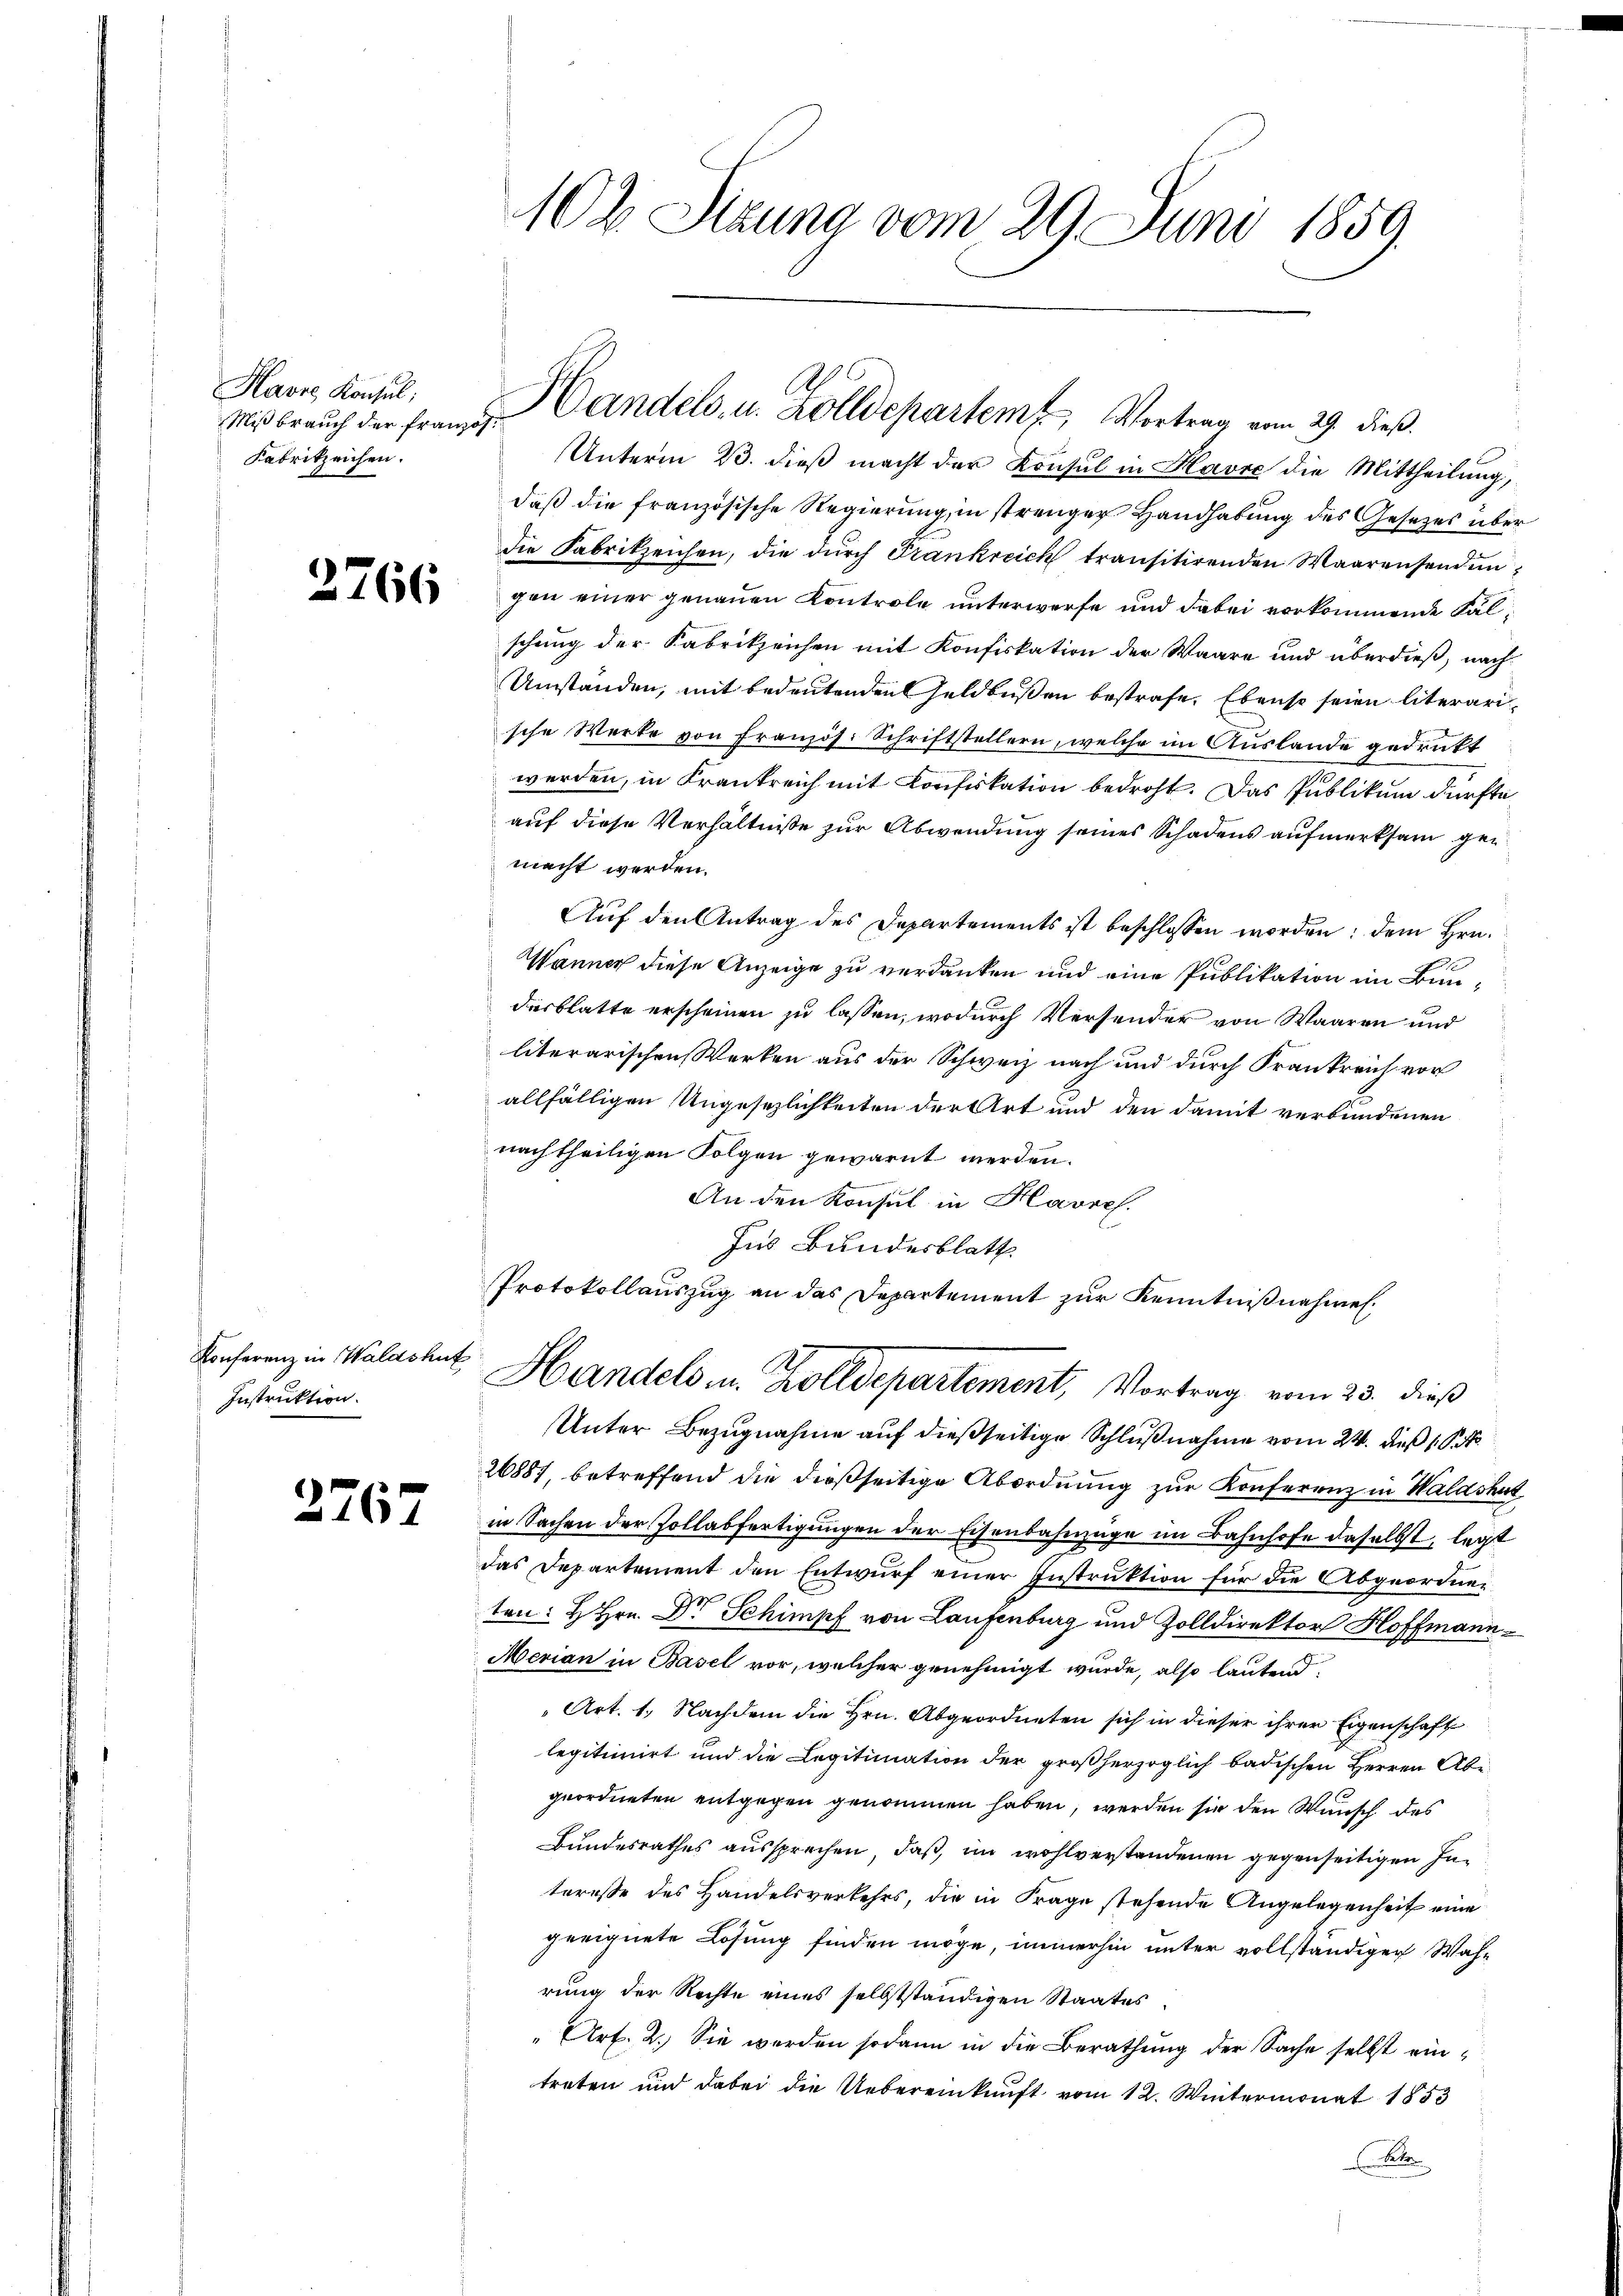
Havre Konsul,
Mißbrauch der Französ.
Fabrikzeichen.

2766

Konferenz in Waldshut
Instruktion.

2767

102 Sizung vom 29. Juni 1859

Handels- u. Zolldepartem Vortrag vom 29. dieß.

Unterm 23. dieß macht der Konsul in Havre die Mittheilung,
daß die französische Regierung, in strenger Handhabung des Gesetzes über
die Fabrikzeichen, die durch Frankreich transitirenden Waarensendungen einer genauen Kontrole unterwerfe und dabei vorkommende Fälschung der Fabrikzeichen mit Konfiskation der Waare und überdieß, nach
Umstanden, mit bedeutenden Geldbußen bestrafe. Ebenso seien literarische Werke von Französ. Schriftstellern, welche im Auslande gedrukt
werden, in Frankreich mit Confiskation bedroht. Das Publikum dürfte
auf diese Verhältniße zur Abwendung seines Schadens aufmerksam gen
macht werden.
Auf den Antrag des Departements ist beschlossen worden; dem Hrn.
Wanner diese Anzeige zu verdanken und eine Publikation im Bundesblatte erscheinen zu lassen, wodurch Versender von Waaren und
literarischen Werken aus der Schweiz nach und durch Frankreich vor
allfälligen Ungesezlichkeiten der Art und den damit verbundenen
nachtheiligen Folgen gewarnt werden.
An den Konsul in Havref.
Ins Bundesblatt
Protokollauszug an das Departement zur Kenntnißnahmen.
5
Handels in Zolldepartement, Vortrag vom 23. dieß
Unter Bezugnahme auf dießseitige Schlußnahme vom 24. dieß 18.
26887, betreffend die dießseitige Abordnung zur Konferenz in Waldshut
in Sachen der Zollabfertigungen der Eisenbahnzüge im Bahnhofe daselbst, legt
das Departement den Entwurf einer Instruktion für die Abgeordneten: H Hrn. Dr. Schimpf von Laufenburg und Zolldirektor Hoffmann
Merian in Basel vor, welcher genehmigt wurde, also lautend
Art. 1. Nachdem die Hrn. Abgeordneten sich in dieser ihrer Eigenschaft
legitimirt und die Legitimation der großherzoglich badischen Herren Abe
geordneten entgegen genommen haben, werden sie den Wunsch des
Bundesrathes aussprechen, daß im wohlverstandenen gegenseitigen Interesse des Handelsverkehrs, die in Frage stehende Angelegenheit eine
geeignete Lösung finden möge, immerhin unter vollständiger Wahrung der Rechte eines selbstständigen Staates
Art. 2. Sie werden sodann in die Berathung der Sache selbst eintreten und dabei die Uebereinkunft vom 12. Wintermonat 1853
Betr